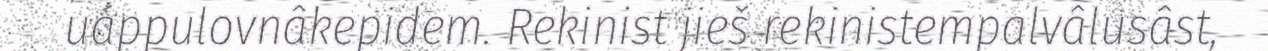
uáppulovnâkepidem. Rekinist jieš rekinistempalvâlusâst,